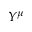
Y ^ { \mu }